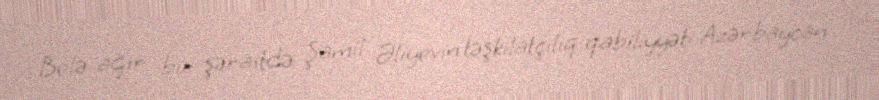
Belə ağır bir şəraitdə Şamil Əliyevin təşkilatçılıq qabiliyyəti Azərbaycan